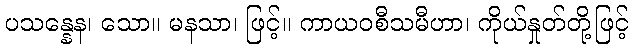
ပသန္နေန၊ သော။ မနသာ၊ ဖြင့်။ ကာယဝစီသမီဟာ၊ ကိုယ်နှုတ်တို့ဖြင့်